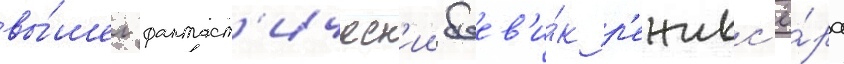
вы́шел фантаст'ическ'ии боев'и́к р'ежисс'ё́ра